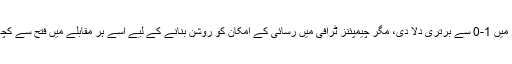
تفصیلات کے مطابق پاکستان کو پہلے ون ڈے میں کامیابی نے پانچ میچز کی سیریز میں 1-0 سے برتری دلا دی، مگر چیمپئنز ٹرافی میں رسائی کے امکان کو روشن بنانے کے لیے اسے ہر مقابلے میں فتح سے کچھ بھی کم درکار نہیں ہے، بلند حوصلہ گرین شرٹس یہ چیلنج قبول کرنے کو تیار ہیں۔